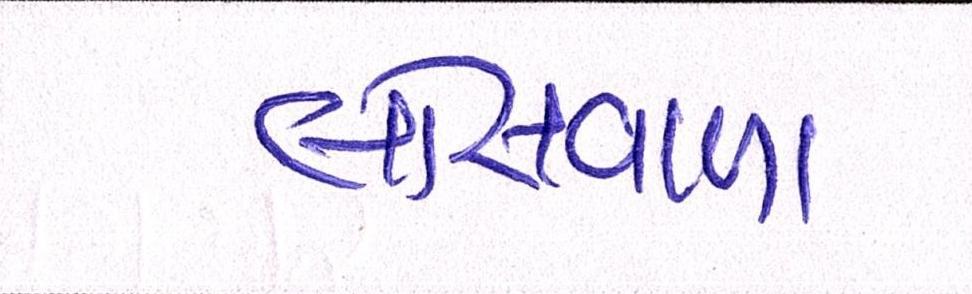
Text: લોસવાળા